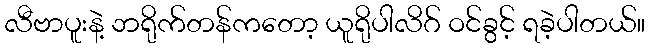
လီဗာပူးနဲ့ ဘရိုက်တန်ကတော့ ယူရိုပါလိဂ် ဝင်ခွင့် ရခဲ့ပါတယ်။